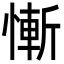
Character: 慚